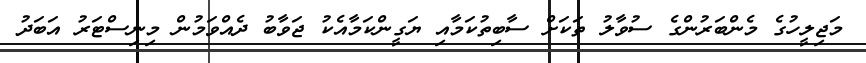
މަޖިލީހުގެ މެންބަރުންގެ ސުވާލު ތަކަށް ސާބިތުކަމާއި ޔަގީންކަމާއެކު ޖަވާބު ދެއްވަމުން މިނިސްޓަރު އަބަދު